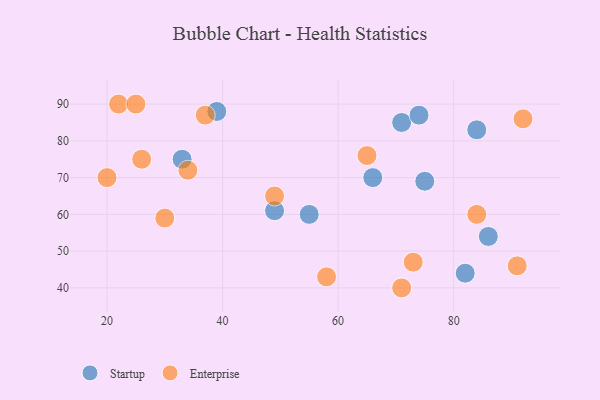
{"axis": {"x": "GDP", "y": "Life Expectancy"}, "legend": ["Enterprise", "Startup"], "data": [{"x": "39", "y": 88, "type": "Startup"}, {"x": "86", "y": 54, "type": "Startup"}, {"x": "71", "y": 85, "type": "Startup"}, {"x": "82", "y": 44, "type": "Startup"}, {"x": "49", "y": 61, "type": "Startup"}, {"x": "33", "y": 75, "type": "Startup"}, {"x": "75", "y": 69, "type": "Startup"}, {"x": "55", "y": 60, "type": "Startup"}, {"x": "84", "y": 83, "type": "Startup"}, {"x": "66", "y": 70, "type": "Startup"}, {"x": "74", "y": 87, "type": "Startup"}, {"x": "26", "y": 75, "type": "Enterprise"}, {"x": "34", "y": 72, "type": "Enterprise"}, {"x": "22", "y": 90, "type": "Enterprise"}, {"x": "73", "y": 47, "type": "Enterprise"}, {"x": "25", "y": 90, "type": "Enterprise"}, {"x": "37", "y": 87, "type": "Enterprise"}, {"x": "91", "y": 46, "type": "Enterprise"}, {"x": "84", "y": 60, "type": "Enterprise"}, {"x": "49", "y": 65, "type": "Enterprise"}, {"x": "30", "y": 59, "type": "Enterprise"}, {"x": "20", "y": 70, "type": "Enterprise"}, {"x": "58", "y": 43, "type": "Enterprise"}, {"x": "92", "y": 86, "type": "Enterprise"}, {"x": "71", "y": 40, "type": "Enterprise"}, {"x": "65", "y": 76, "type": "Enterprise"}]}